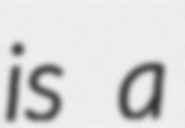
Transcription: is a